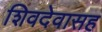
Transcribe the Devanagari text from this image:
शिवदेवासह